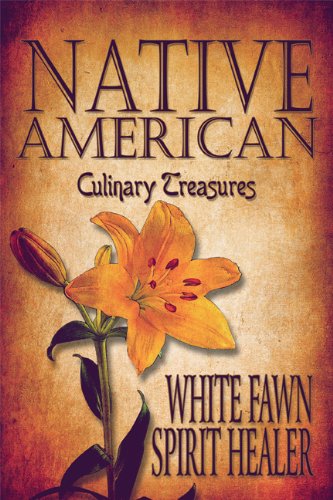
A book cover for Native American Culinary Treasures; White Fawn Spirit Healer; Cookbooks, Food & Wine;